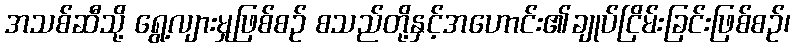
အသစ်ဆီသို့ ရွေ့လျားမှုဖြစ်စဉ် စသည်တို့နှင့်အဟောင်း၏ချုပ်ငြိမ်းခြင်းဖြစ်စဉ်၊